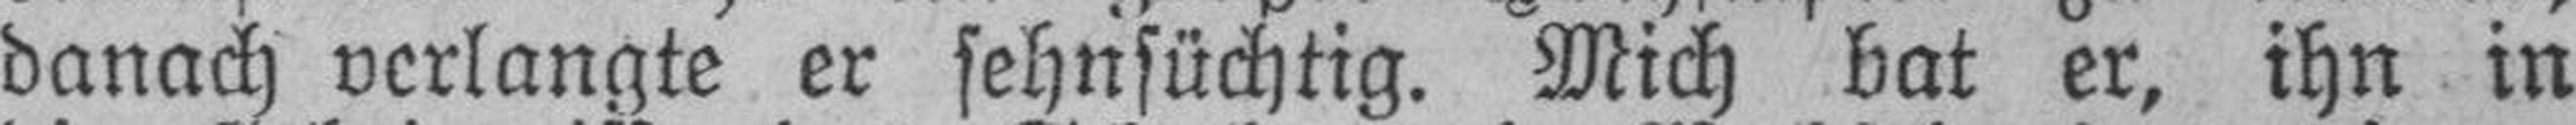
danach verlangte er sehnsüchtig. Mich bat er, ihn in